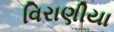
વિરાણીયા